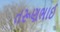
તરૂણભાઈ